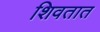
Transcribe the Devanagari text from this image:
शिवतात